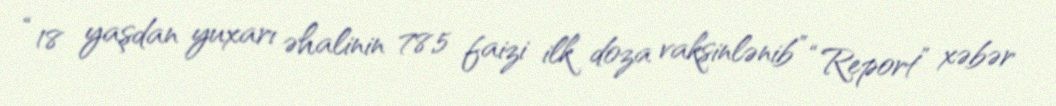
“18 yaşdan yuxarı əhalinin 78,5 faizi ilk doza vaksinlənib” “Report” xəbər